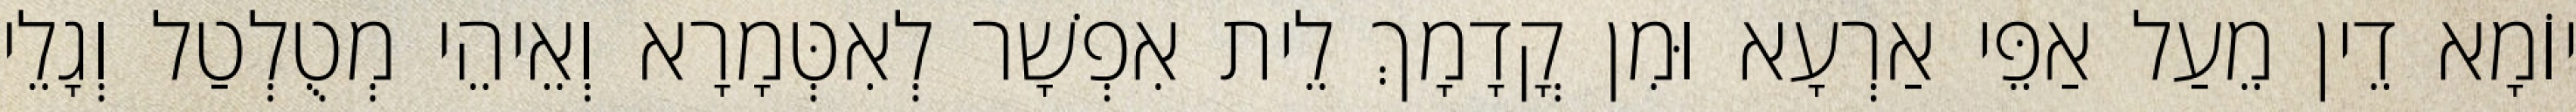
יוֹמָא דֵין מֵעַל אַפֵּי אַרְעָא וּמִן קֳדָמָךְ לֵית אִפְשָׁר לְאִטְּמָרָא וְאֵיהֵי מְטֻלְטַל וְגָלֵי